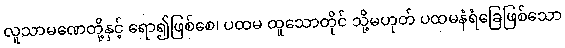
လူသာမဏေတို့နှင့် ရော၍ဖြစ်စေ၊ ပထမ ထူသောတိုင် သို့မဟုတ် ပထမနံရံခြေဖြစ်သော